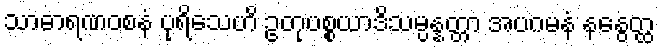
သာဓာရဏဝစနံ ပုရိသေဟိ ဥတုပစ္စယာဒိသမ္ပန္နတ္တာ အပဂမနံ နနွေတ္ထ